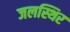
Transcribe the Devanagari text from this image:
जलस्थिर